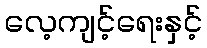
လေ့ကျင့်ရေးနှင့်